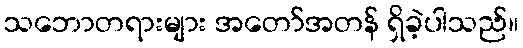
သဘောတရားများ အတော်အတန် ရှိခဲ့ပါသည်။